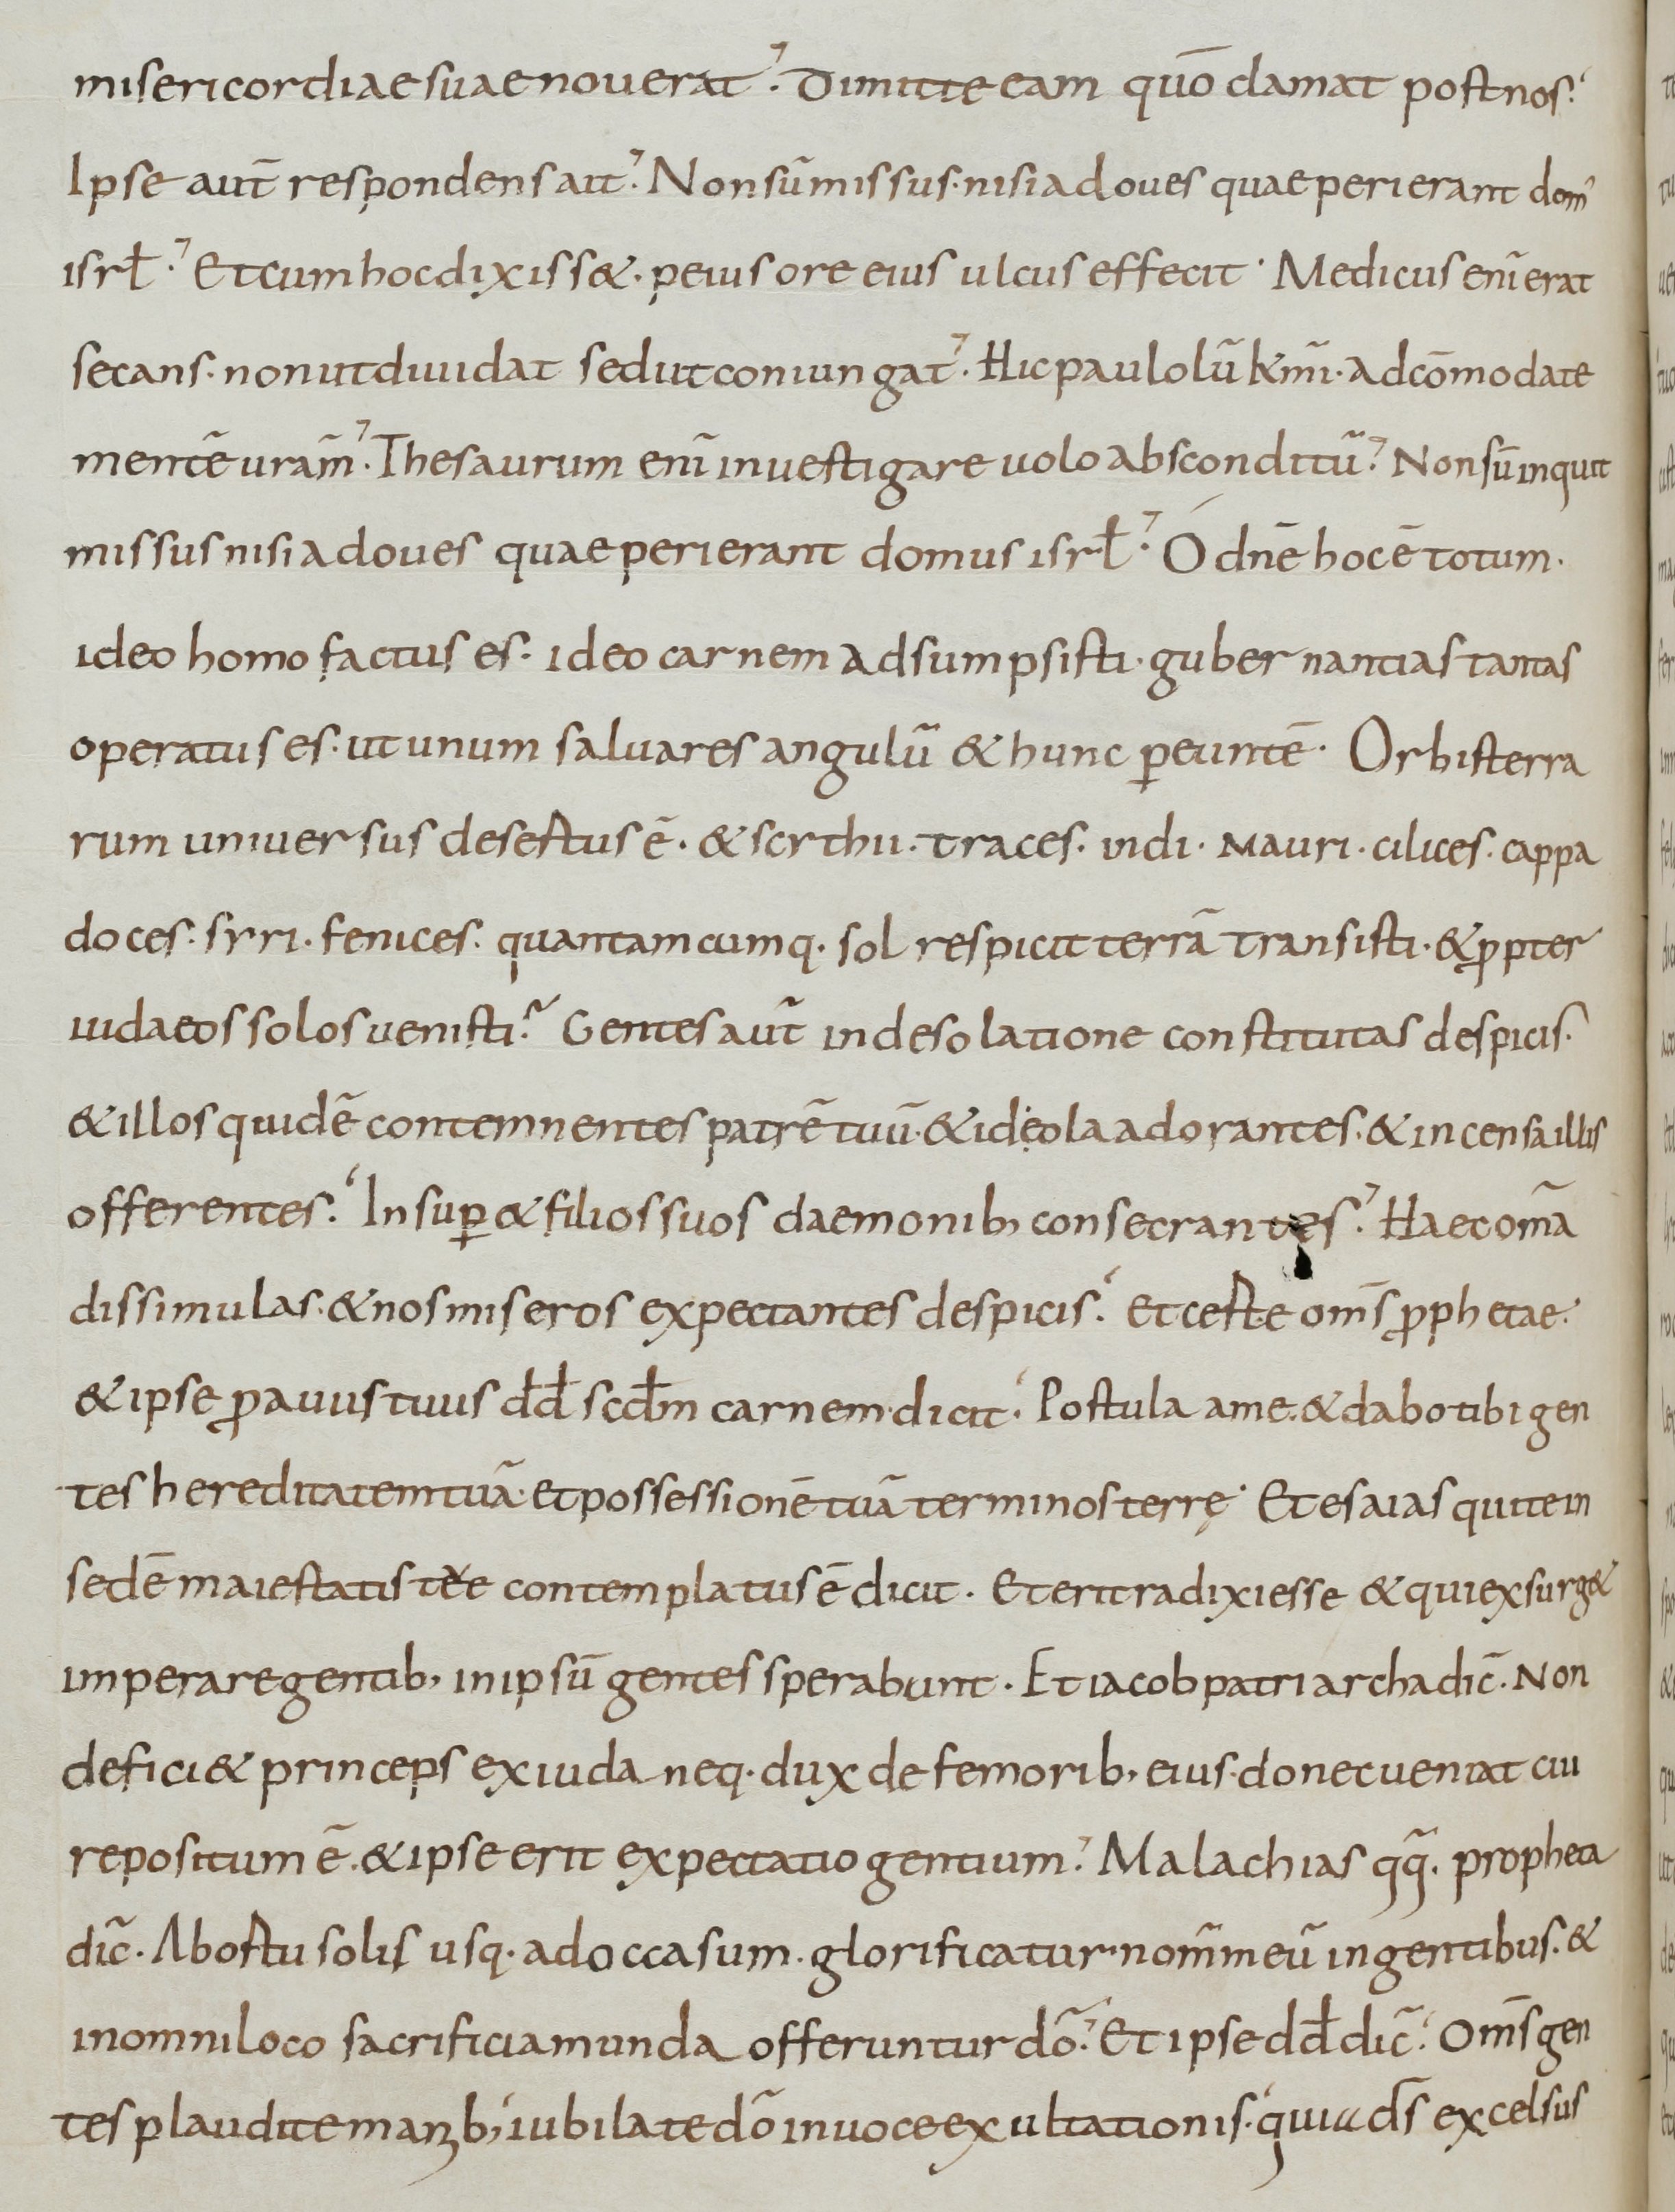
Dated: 800–899